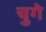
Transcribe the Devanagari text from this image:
चुगे